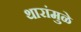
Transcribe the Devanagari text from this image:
थारांमुळे